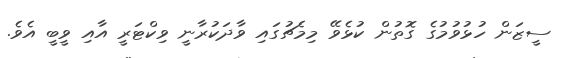
ސީޒަން ހުޅުވުމުގެ ގޮތުން ކުޅެވޭ މިމެޗުގައި ވާދަކުރާނީ ވިކްޓަރީ އާއި ވީބީ އެވެ.